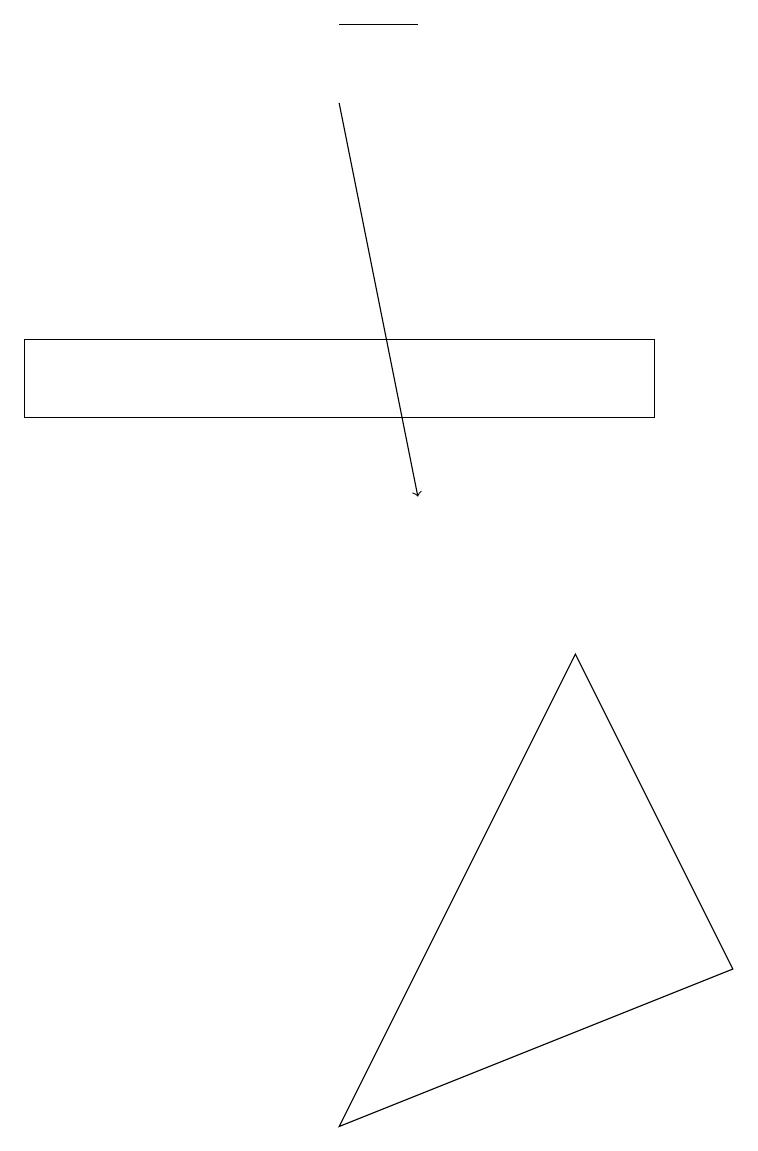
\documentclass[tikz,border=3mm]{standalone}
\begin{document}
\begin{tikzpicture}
\draw[->] (4,15) -- (5,10);
\draw (4,16) rectangle (5,16);
\draw (4,2) -- (7,8) -- (9,4) -- cycle;
\draw (0,11) rectangle (8,12);
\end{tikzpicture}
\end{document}